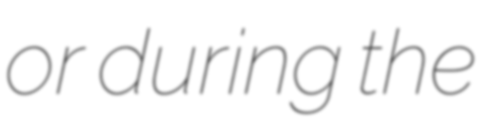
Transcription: or during the